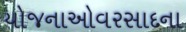
યોજનાઓવરસાદના